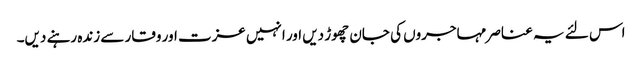
اس لئے یہ عناصر مہاجروں کی جان چھوڑ دیں اور انہیں عزت اور وقار سے زندہ رہنے دیں۔